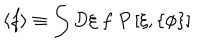
LaTeX: \left\langle f \right\rangle \equiv \int D \xi \; f \; P \left[ \xi , \left\{ \phi \right\} \right]